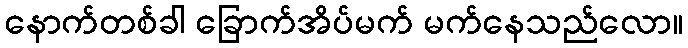
နောက်တစ်ခါ ခြောက်အိပ်မက် မက်နေသည်လော။